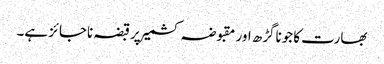
بھارت کا جوناگڑھ اور مقبوضہ کشمیر پرقبضہ ناجائز ہے۔